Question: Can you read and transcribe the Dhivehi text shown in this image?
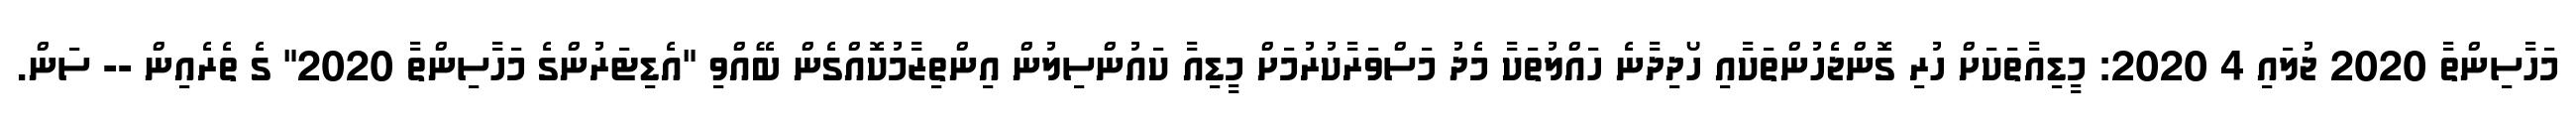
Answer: މަހާސިންތާ 2020 ޖުލައި 4 2020: މީޑިއާތަކަށް ހުރި ގޮންޖެހުންތަކާއި ހޯދިދާނެ ހައްލުތަކާ މެދު މަސްވަރާކުރުމަށް މީޑިއާ ކައުންސިލުން އިންތިޒާމުކޮއްގެން ބޭއްވި "އެޑިޓަރުންގެ މަހާސިންތާ 2020" ގެ ތެރެއިން -- ސަން.